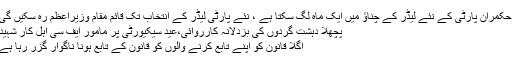
حکمران پارٹی کے نئے لیڈر کے چناؤ میں ایک ماہ لگ سکتا ہے ، نئے پارٹی لیڈر کے انتخاب تک قائم مقام وزیراعظم رہ سکیں گی
پچھلا دہشت گردوں کی بزدلانہ کارروائی،عید سیکیورٹی پر مامور ایف سی اہل کار شہید
اگلا قانون کو اپنے تابع کرنے والوں کو قانون کے تابع ہونا ناگوار گزر رہا ہے